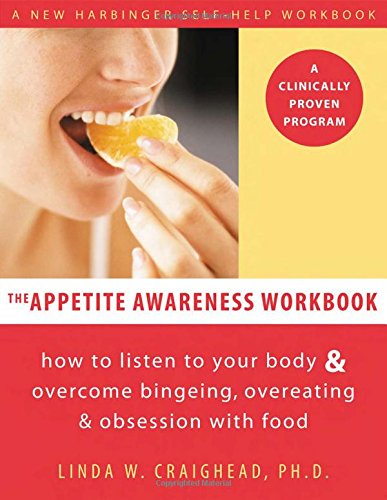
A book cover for The Appetite Awareness Workbook: How to Listen to Your Body and Overcome Bingeing, Overeating, and Obsession with Food; Linda W. Craighead; Self-Help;